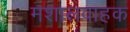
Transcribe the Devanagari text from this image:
मशालवाहक